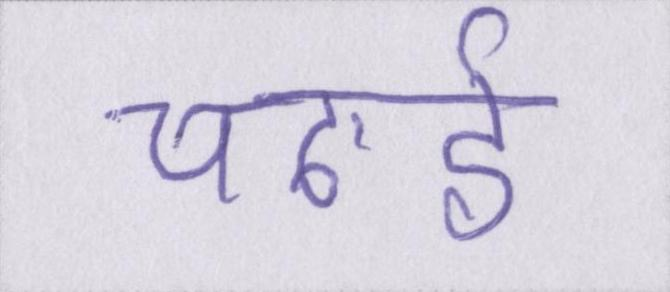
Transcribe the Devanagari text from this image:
चढाई